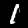
Digit: 1